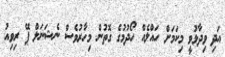
އަދި ވިދާޅުވީ މިކަމަށް ހައްލެއް ހޯދުމުގެ ގޮތުން މިހާރުވެސް ނެޝަނަލް ޕޭ ރިވިއު